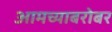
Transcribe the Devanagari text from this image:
आमच्याबरोबर